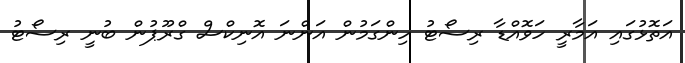
އަތޮޅުގައި އަމާރީ ހަވޮއްޑާ ރިސޯޓު ހިންގަމުން އަންނަ އޮނިކްސް ގްރޫޕުން ބުނީ ރިސޯޓު